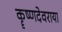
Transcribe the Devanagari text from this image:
कॄष्णदेवराया